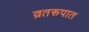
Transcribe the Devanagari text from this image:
व्रतरूपात